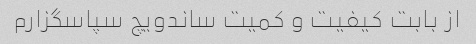
از بابت کیفیت و کمیت ساندویچ سپاسگزارم